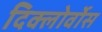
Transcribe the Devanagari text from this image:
दिक्लोर्वोस